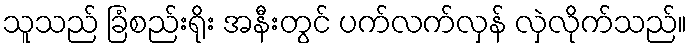
သူသည် ခြံစည်းရိုး အနီးတွင် ပက်လက်လှန် လှဲလိုက်သည်။